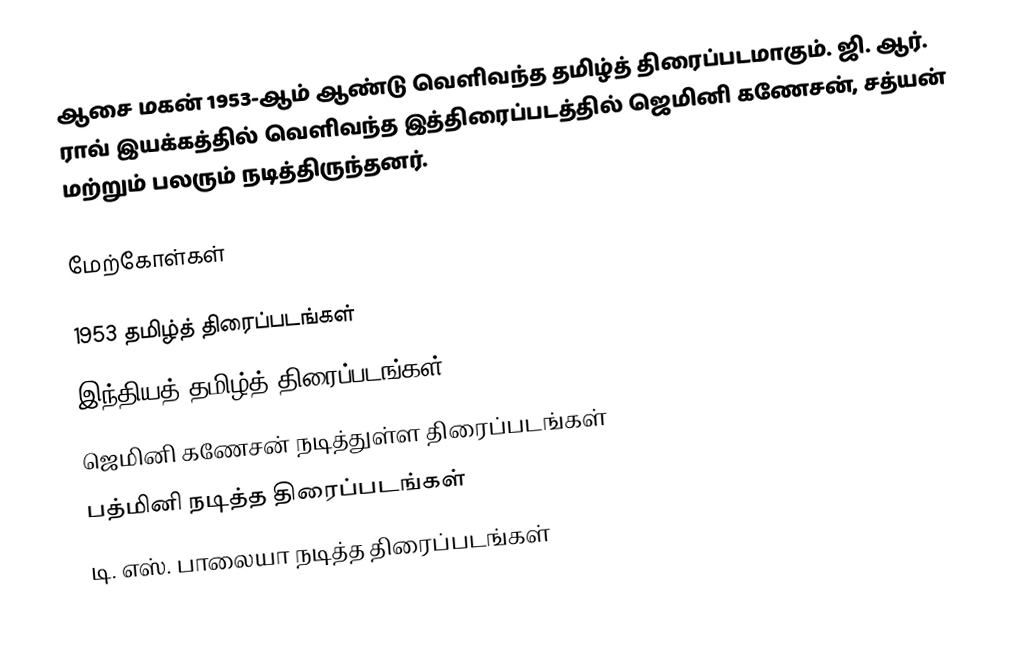
ஆசை மகன் 1953-ஆம் ஆண்டு வெளிவந்த தமிழ்த் திரைப்படமாகும். ஜி. ஆர். ராவ் இயக்கத்தில் வெளிவந்த இத்திரைப்படத்தில் ஜெமினி கணேசன், சத்யன் மற்றும் பலரும் நடித்திருந்தனர்.

மேற்கோள்கள்

1953 தமிழ்த் திரைப்படங்கள்
இந்தியத் தமிழ்த் திரைப்படங்கள்
ஜெமினி கணேசன் நடித்துள்ள திரைப்படங்கள்
பத்மினி நடித்த திரைப்படங்கள்
டி. எஸ். பாலையா நடித்த திரைப்படங்கள்